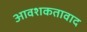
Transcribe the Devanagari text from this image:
आवशकतावाद